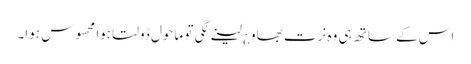
اس کے ساتھ ہی وہ نرت بھاو ¿ لینے لگی تو ماحول ڈولتا ہوا محسوس ہوا۔